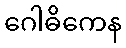
ဂေါဓိကေန